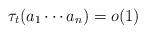
LaTeX: \begin{align*}\tau_t(a_1\cdots a_n)=o(1)\end{align*}